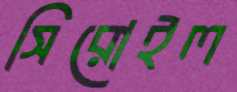
সিরোইল